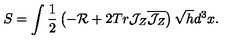
S = \int \frac { 1 } { 2 } \left( - { \cal R } + 2 T r { \cal J } _ { Z } \overline { { { \cal J } _ { Z } } } \right) \sqrt { h } d ^ { 3 } x .